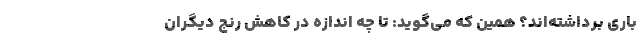
باری برداشته‌اند؟ همین که می‌گوید: تا چه اندازه در کاهش رنج دیگران